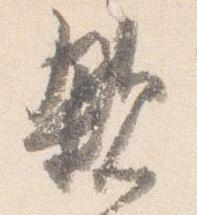
親